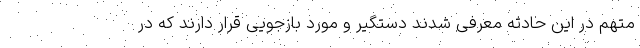
متهم در این حادثه معرفی شدند دستگیر و مورد بازجویی قرار دارند که در